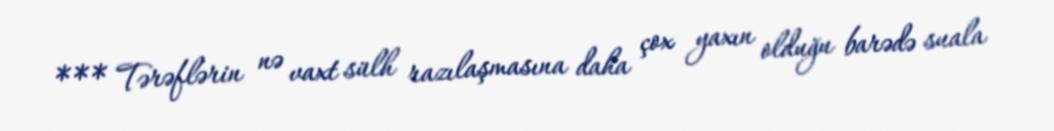
*** Tərəflərin nə vaxt sülh razılaşmasına daha çox yaxın olduğu barədə suala